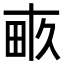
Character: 畞